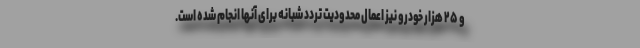
و ۲۵ هزار خودرو نیز اعمال محدودیت تردد شبانه برای آنها انجام شده است.